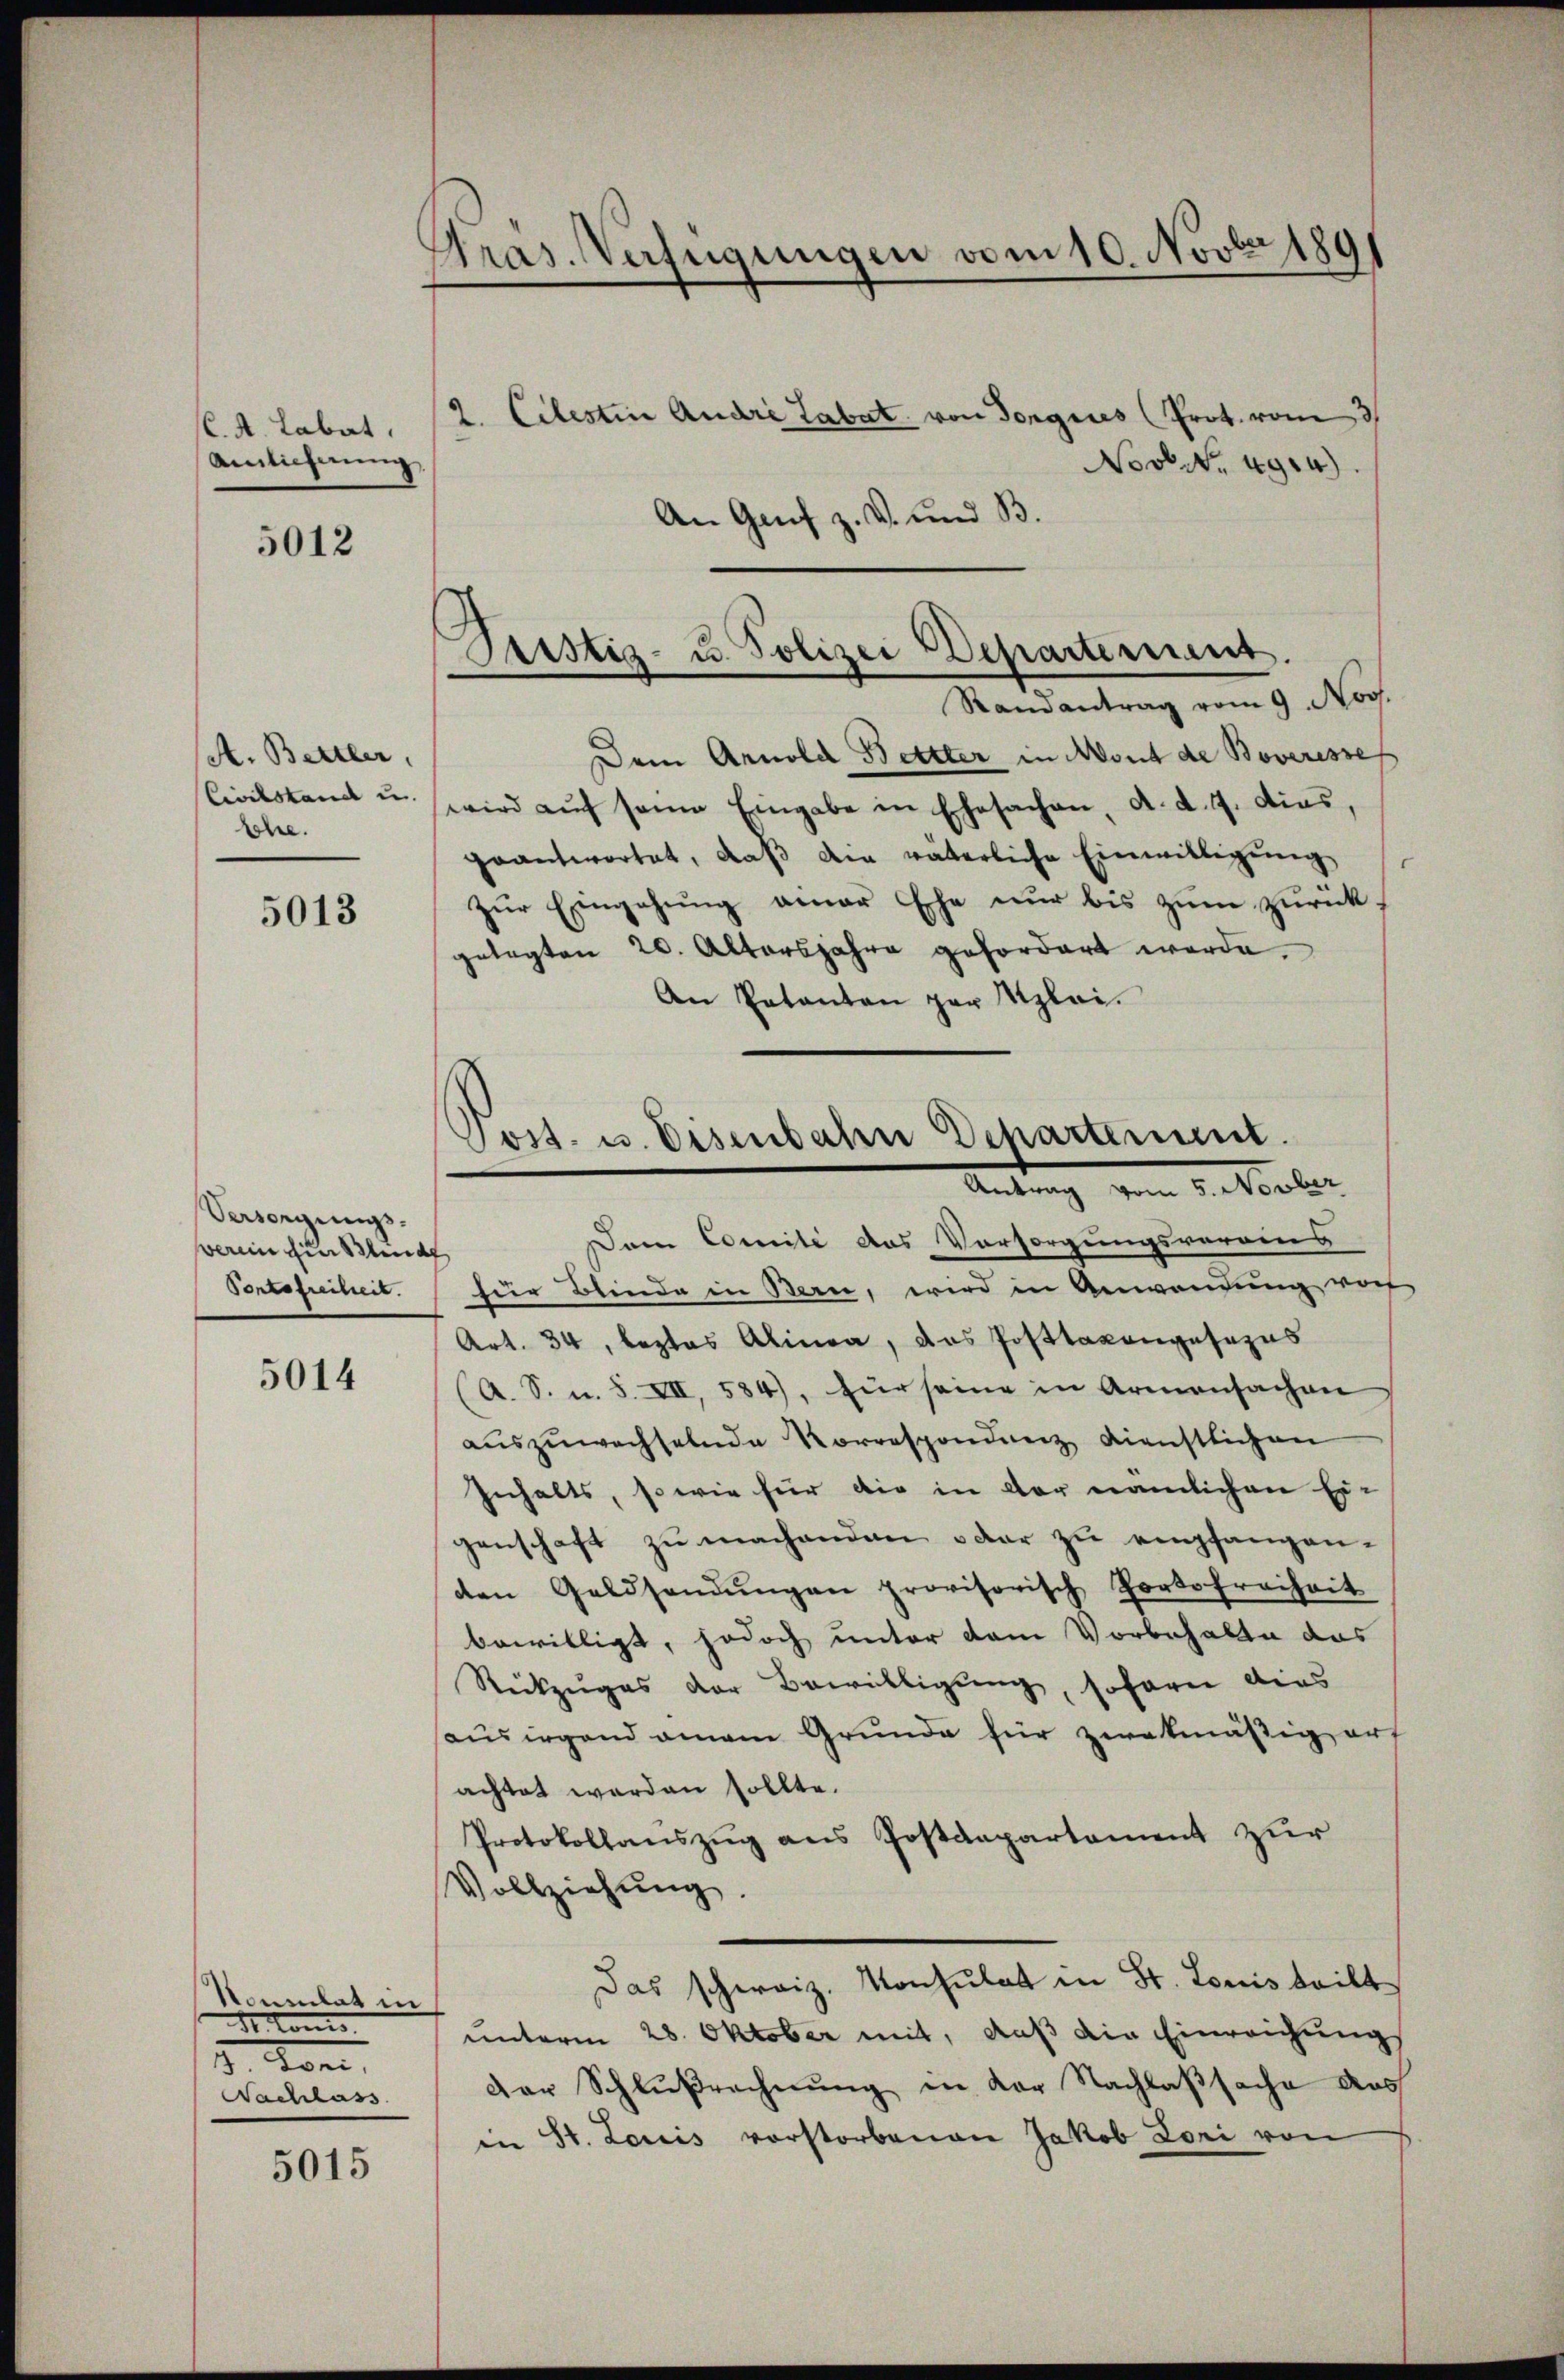
C. A. Labat,
Amlicherung

5012

A. Bettler,
Civilstand u.
rohe.

5013

Versorgungs-
sverein für Blind
Pontofreiheit.

5014

Kommilat in
d. Cons
2. Von
Nachlass

5015

Gras. Verfügungen vom 10. Novber 1891
2. Celestine Andre Tabat von Tongues (Prot. vom 3
Novbr. 494)

An Genf z. B. und B
Randantrag vom 9. Nov.
Dem Arnold Bettter in Mont de Boveresse
wird aŭf seine Eingabe in Ehesachen, d. d. 7. dies,
geantwortet, daß am väterliche Einwilligung
zur Eingehung aner Ehe nur bis zum zurückgelegten 20. Altersjahre gefordert werde.
An Patanton par lei¬

Tristig- u. Polizei Departement.

Dem Comité des Vorsorgungsverains
für Blinde in Bern, wird in Anwendung von
Art. 34, leztes Alinea, das Posttaxangesezus
(A. S. u. S. XII, 584), für seine in Armensachen
aŭszŭwechselnde Korrespondenz dienstlichen
Inhalts, so wie für die in der nämlichen Ei-
genschaft zu machenden oder zu empfangenden Geldsendŭngen provisorisch Portofreiheit
bewilligt, jedoch unter dem Vorbehalte das
Rückzuges der Bewilligung, sofern dies
aŭsirgend amam Grunde für zwekmäßig auf
achtet werden sollte.
Protokollaŭszŭg ans Postdepartament zur
Vollziehŭng.
Das schweiz. Konsulat in St. Louis teilt
unterm 28. Oktober mit, daß die Einreichung
der Schlußrechnŭng in der Nachlaßsache das
in St. Louis vorstorbenen Jakob Lori von

Tost- u. Eisenbahn Departement.
Antrag vom 1. Maler